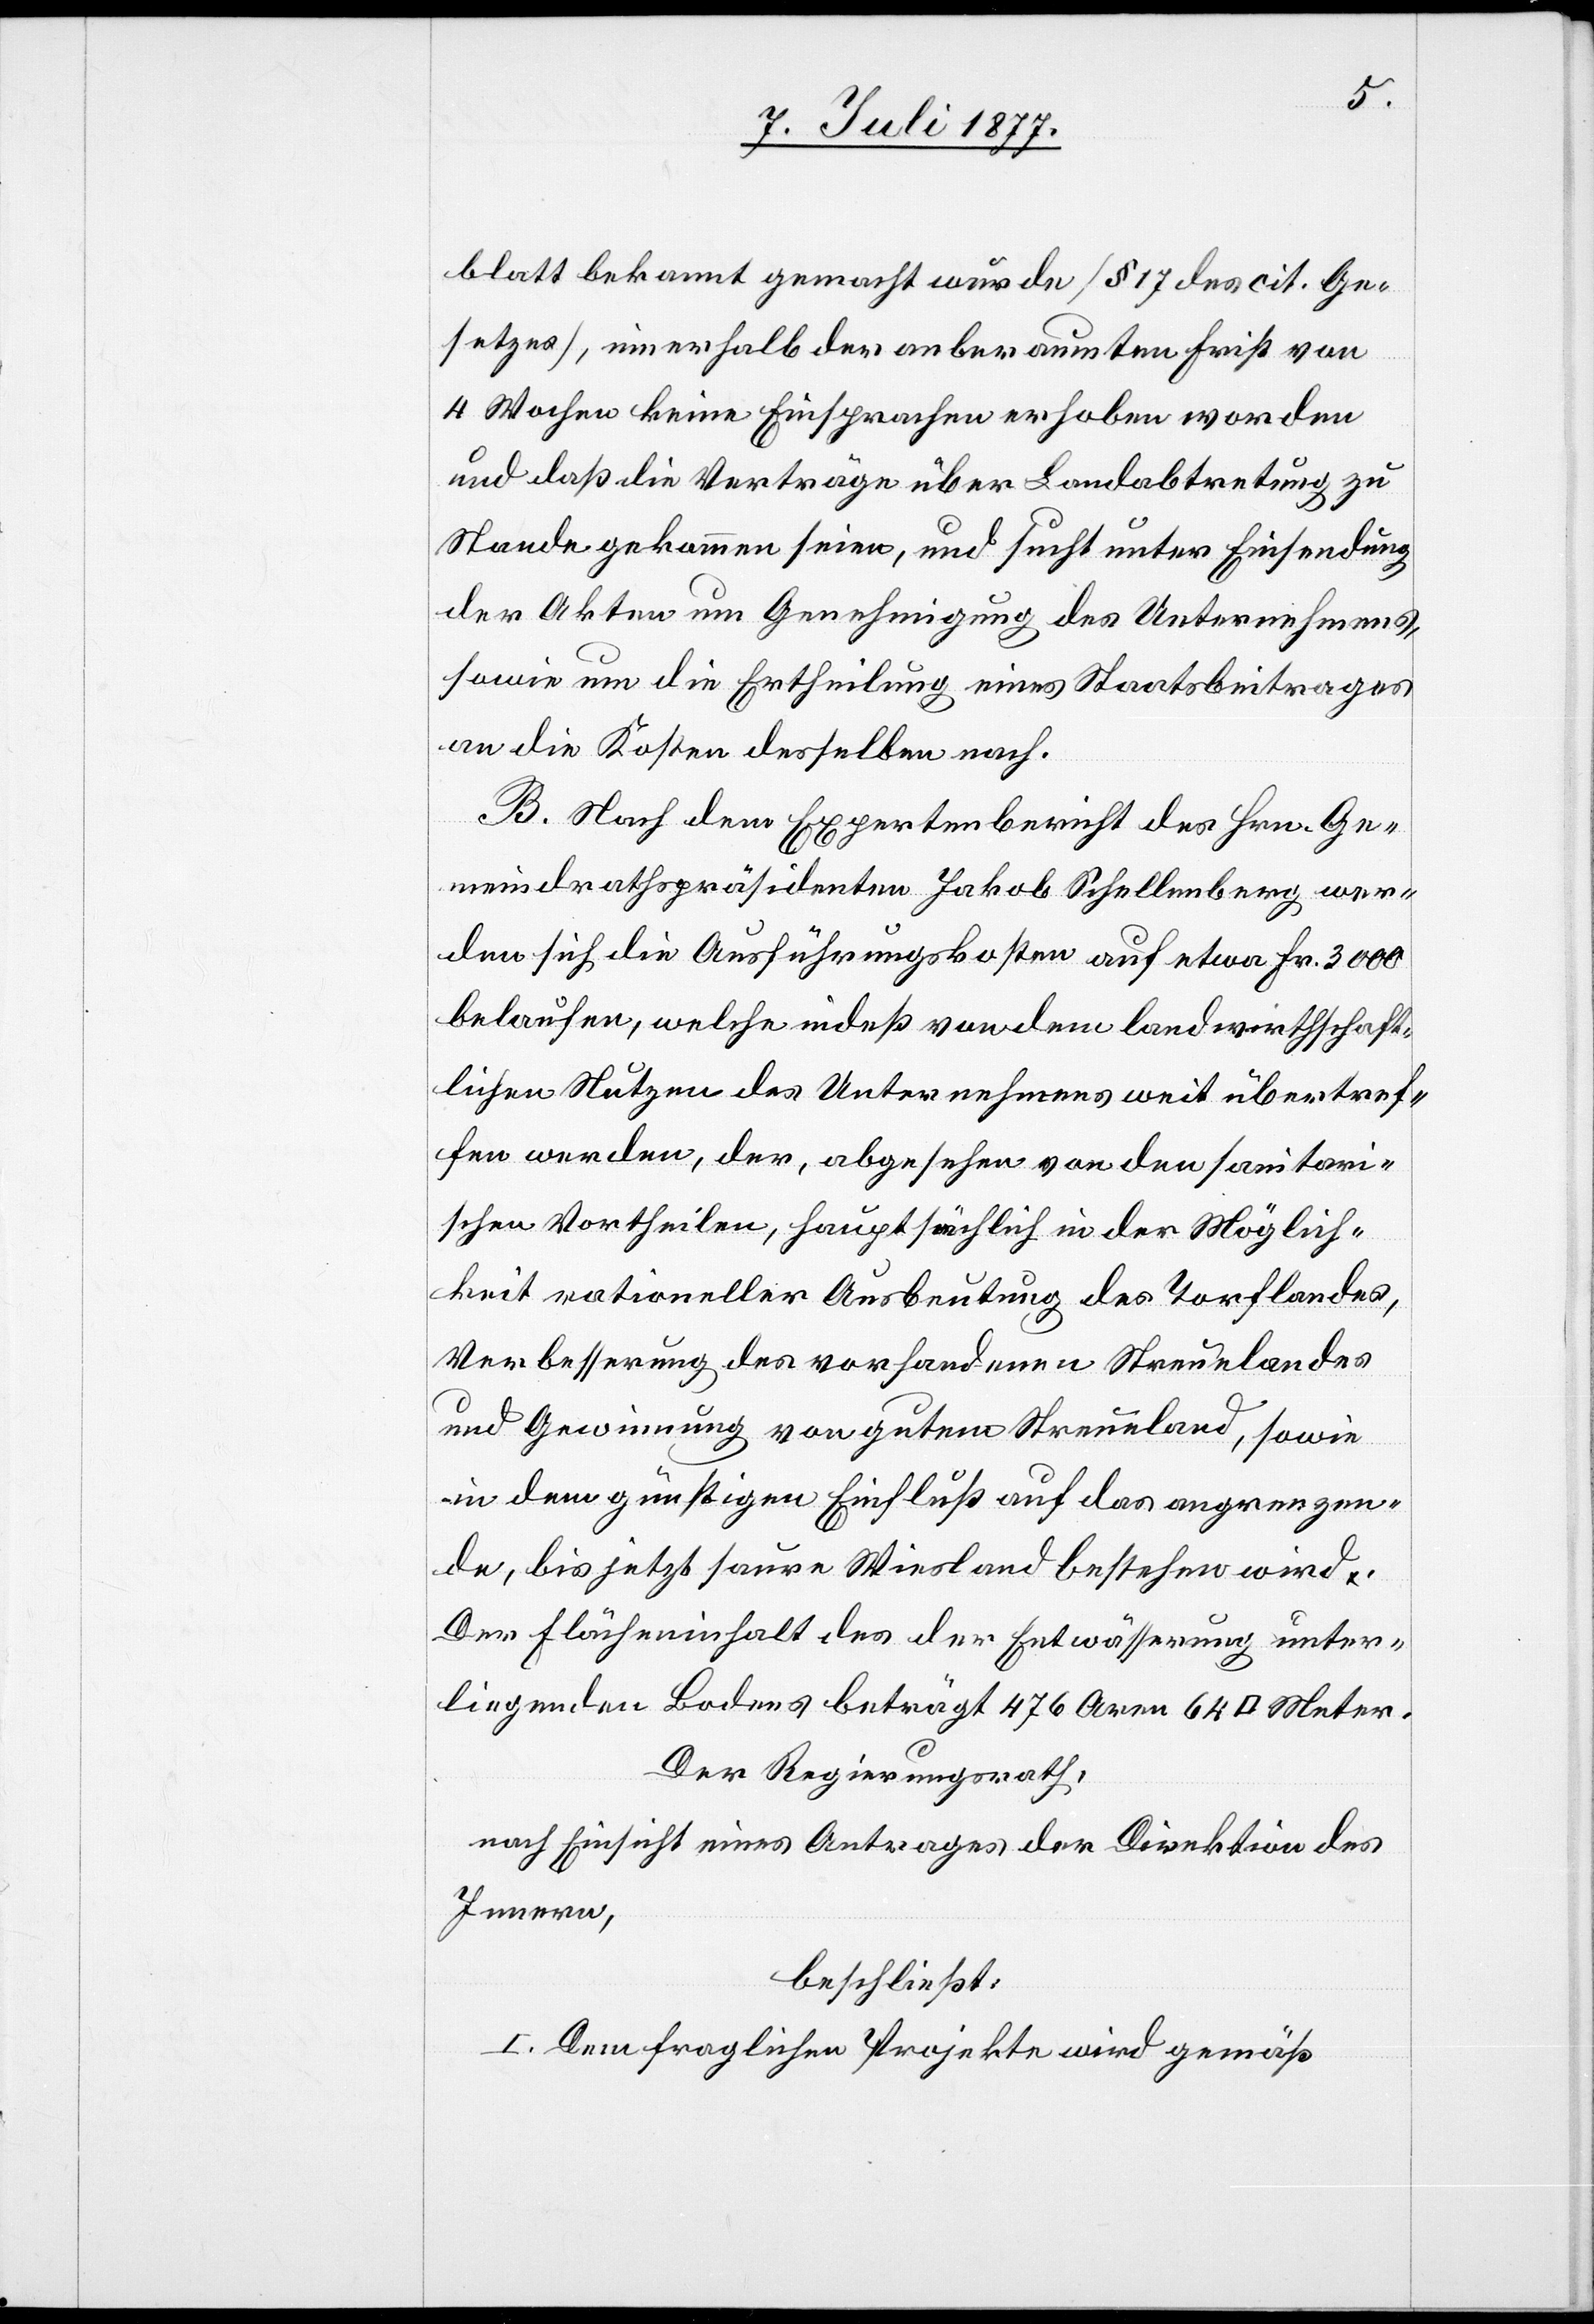
blatt bekannt gemacht wurde [§ 17 des cit. Ge¬
setzes], innerhalb der anberaumten Frist von
4 Wochen keine Einsprachen erhoben worden
und daß die Verträge über Landabtretung zu
Stande gekommen seien, und sucht unter Einsendung
der Akten um Genehmigung des Unternehmens,
sowie um die Ertheilung eines Staatsbeitrages
an die Kosten desselben nach.
B. Nach dem Expertenbericht des Hrn. Ge¬
meindrathspräsidenten Jakob Schellenberg wer¬
den sich die Ausführungskosten auf etwa Fr. 3000
belaufen, welche indeß von dem landwirthschaft¬
lichen Nutzen des Unternehmens weit übertrof¬
fen werden, der, abgesehen von den sanitari¬
schen Vortheilen, hauptsächlich in der Möglich¬
keit rationeller Ausbeutung des Torflandes,
Verbesserung des vorhandenen Streuelandes
und Gewinnung von gutem Streueland, sowie
in dem günstigen Einfluß auf das angrenzen¬
de, bis jetzt saure Wiesland bestehen wird.
Der Flächeninhalt des der Entwässerung unter¬
liegenden Bodens beträgt 476 Aren 64 [Quadrat] Meter.
Der Regierungsrath,
nach Einsicht eines Antrages der Direktion des
Innern,
beschließt:
I. Dem fraglichen Projekte wird gemäß